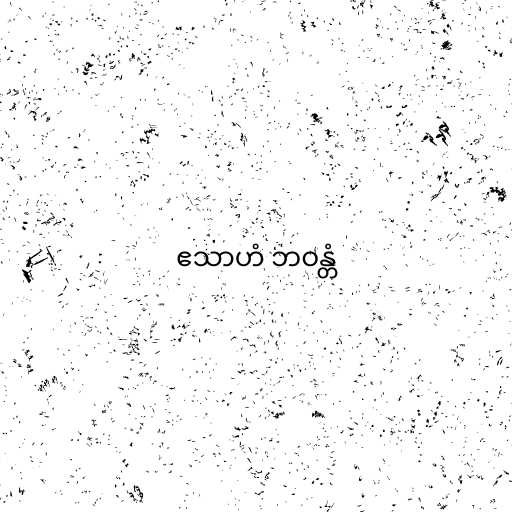
ဧသာဟံ ဘဝန္တံ